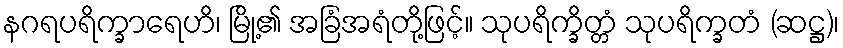
နဂရပရိက္ခာရေဟိ၊ မြို့၏ အခြံအရံတို့ဖြင့်။ သုပရိက္ခိတ္တံ သုပရိက္ခတံ (ဆဋ္ဌ)၊